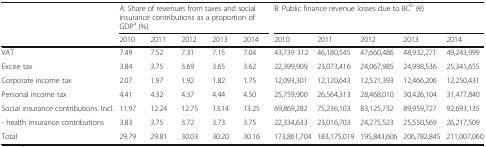
| <ROWSPAN=2>  | <COLSPAN=5> A: Share of revenues from taxes and social insurance contributions as a proportion of GDPa (%) | <COLSPAN=5> B: Public finance revenue losses due to BCb (€) |
 | 2010 | 2011 | 2012 | 2013 | 2014 | 2010 | 2011 | 2012 | 2013 | 2014 |
 | --- | --- | --- | --- | --- | --- | --- | --- | --- | --- | --- |
 | VAT | 7.49 | 7.52 | 7.31 | 7.15 | 7.04 | 43,739 312 | 46,180,545 | 47,660,486 | 48,932,271 | 49,243,999 |
 | Excise tax | 3.84 | 3.75 | 3.69 | 3.65 | 3.62 | 22,399,909 | 23,073,416 | 24,067,985 | 24,998,536 | 25,341,655 |
 | Corporate income tax | 2.07 | 1.97 | 1.92 | 1.82 | 1.75 | 12,093,301 | 12,120,643 | 12,521,393 | 12,466,206 | 12,250,431 |
 | Personal income tax | 4.41 | 4.32 | 4.37 | 4.44 | 4.50 | 25,759,900 | 26,564,313 | 28,468,010 | 30,426,104 | 31,477,840 |
 | Social insurance contributions. Incl. | 11.97 | 12.24 | 12.75 | 13.14 | 13.25 | 69,869,282 | 75,236,103 | 83,125,732 | 89,959,727 | 92,693,135 |
 | - health insurance contributions | 3.83 | 3.75 | 3.72 | 3.73 | 3.75 | 22,334,633 | 23,016,703 | 24,275,523 | 25,550,569 | 26,217,509 |
 | Total | 29.79 | 29.81 | 30.03 | 30.20 | 30.16 | 173,861,704 | 183,175,019 | 195,843,606 | 206,782,845 | 211,007,060 |